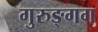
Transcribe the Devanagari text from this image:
गुरुङ्गग